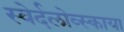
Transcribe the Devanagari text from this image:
स्वेर्दलोव्स्काया